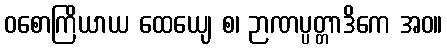
ဝစောကြိယာယ ထေယျေ စ၊ ဉာဏပ္ပတ္တာဒိကေ အဝ။